First report of the anti-malarial operations at Mian Mir, 1901-1903 - Number 6
Year: 1901
Disease focus: Malaria
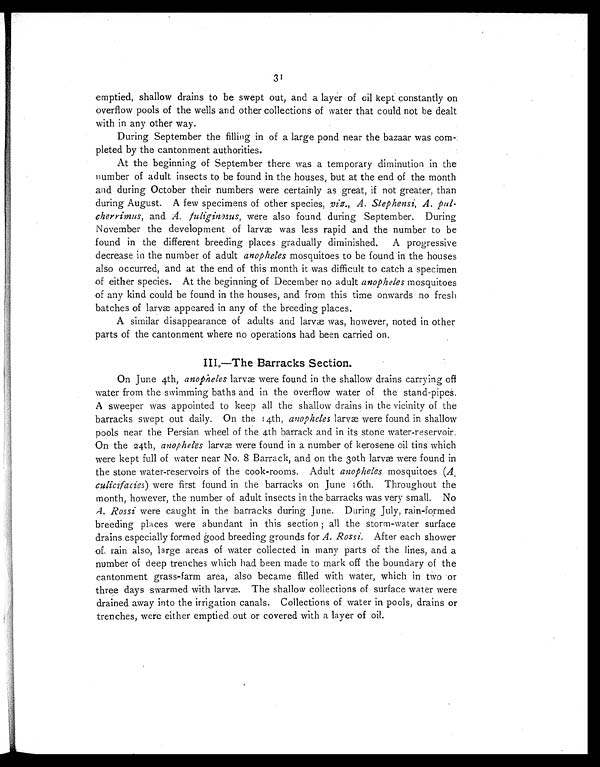
31
emptied, shallow drains to be swept out, and a layer of oil kept constantly on
overflow pools of the wells and other collections of water that could not be dealt
with in any other way.
During September the filling in of a large pond near the bazaar was com
pleted by the cantonment authorities.
At the beginning of September there was a temporary diminution in the
number of adult insects to be found in the houses, but at the end of the month
and during October their numbers were certainly as great, if not greater, than
during August. A few specimens of other species; viz., A. stephensi, A. pul
cherrimus, and A. fuliginosus, were also found during September. During
November the development of larvæ was less rapid and the number to be
found in the different breeding places gradually diminished. A progressive
decrease in the number of adult anopheles mosquitoes to be found in the houses
also occurred, and at the end of this month it was difficult to catch a specimen
of either species. At the beginning of December no adult anopheles mosquitoes
of any kind could be found in the houses, and from this time onwards no fresh
batches of larvæ appeared in any of the breeding places.
A similar disappearance of adults and larvæ was, however, noted in other
parts of the cantonment where no operations had been carried on.
III.—The Barracks Section.
On June 4th, anopheles larvæ were found in the shallow drains carrying off
water from the swimming baths and in the overflow water of the stand-pipes.
A sweeper was appointed to keep all the shallow drains in the vicinity of the
barracks swept out daily. On the !4th, a n o p h e l e s
l a r v æ w e r e f o u n d i n s h a l l o w
pools near the Persian wheel of the 4th barrack and in its stone water-reservoir.
On the 24th, anopheles larvæ were found in a number of kerosene oil tins which
were kept full of water near No. 8 Barrack, and on the 30th larvæ were found in
the stone water-reservoirs of the cook-rooms. Adult anopheles mosquitoes (A.
culicifacies) were first found in the barracks on June 16th. Throughout the
month, however, the number of adult insects in the barracks was very small. No.
A. Rossi were caught in the barracks during June. During July, rain-formed
breeding places were abundant in this section ; all the storm-water surface
drains especially formed good breeding grounds for A. Rossi. After each shower
of rain also, large areas of water collected in many parts of the lines, and a
number of deep trenches which had been made to mark off the boundary of the
cantonment grass-farm area, also became filled with water, which in two or
three days swarmed with larvæ. The shallow collections of surface water were
drained away into the irrigation canals. Collections of water in pools, drains or
trenches, were either emptied out or covered with a layer of oil.